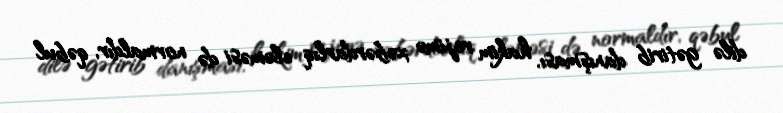
dilə gətirib danışması, hakim rejimə xəbərdarlıq eləməsi də normaldır, qəbul